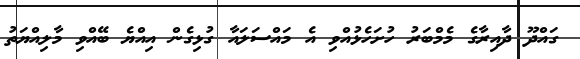
ގައްދޫ ދާއިރާގެ މެމްބަރު ހުށަހެޅުއްވި އެ މައްސަލައާ ގުޅިގެން އިއްޔެ ބޭއްވި މާލިއްޔަތު